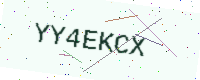
Text: YY4EKCX